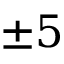
\pm 5